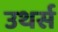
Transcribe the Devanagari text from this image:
उथर्स